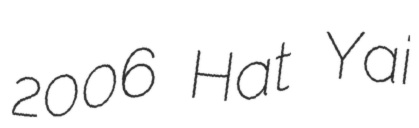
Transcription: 2006 Hat Yai